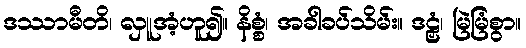
ဒဿာမီတိ၊ လှူအံ့ဟူ၍။ နိစ္စံ၊ အခါခပ်သိမ်း။ ဒဠှံ၊ မြဲမြံစွာ။